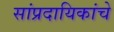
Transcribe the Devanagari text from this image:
सांप्रदायिकांचे